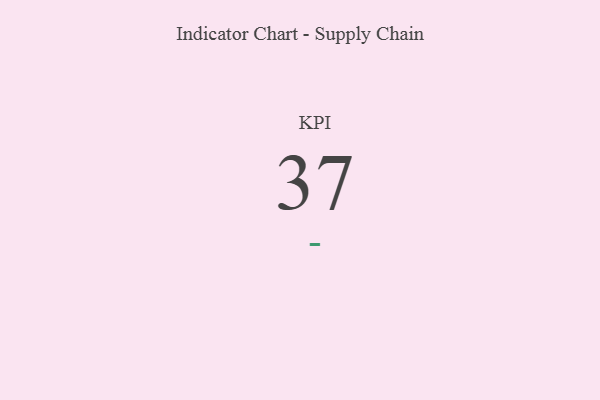
{"axis": {"x": "KPI", "y": "Value"}, "legend": [""], "data": [{"x": "KPI", "y": 37, "type": ""}]}